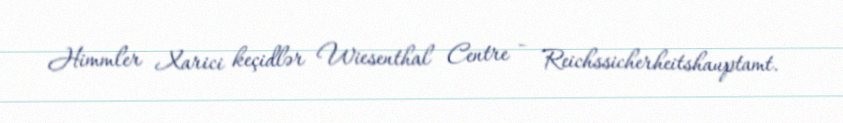
Himmler Xarici keçidlər Wiesenthal Centre – Reichssicherheitshauptamt.